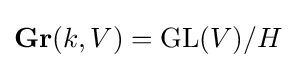
\mathbf {Gr} (k,V)=\mathrm {GL} (V)/H